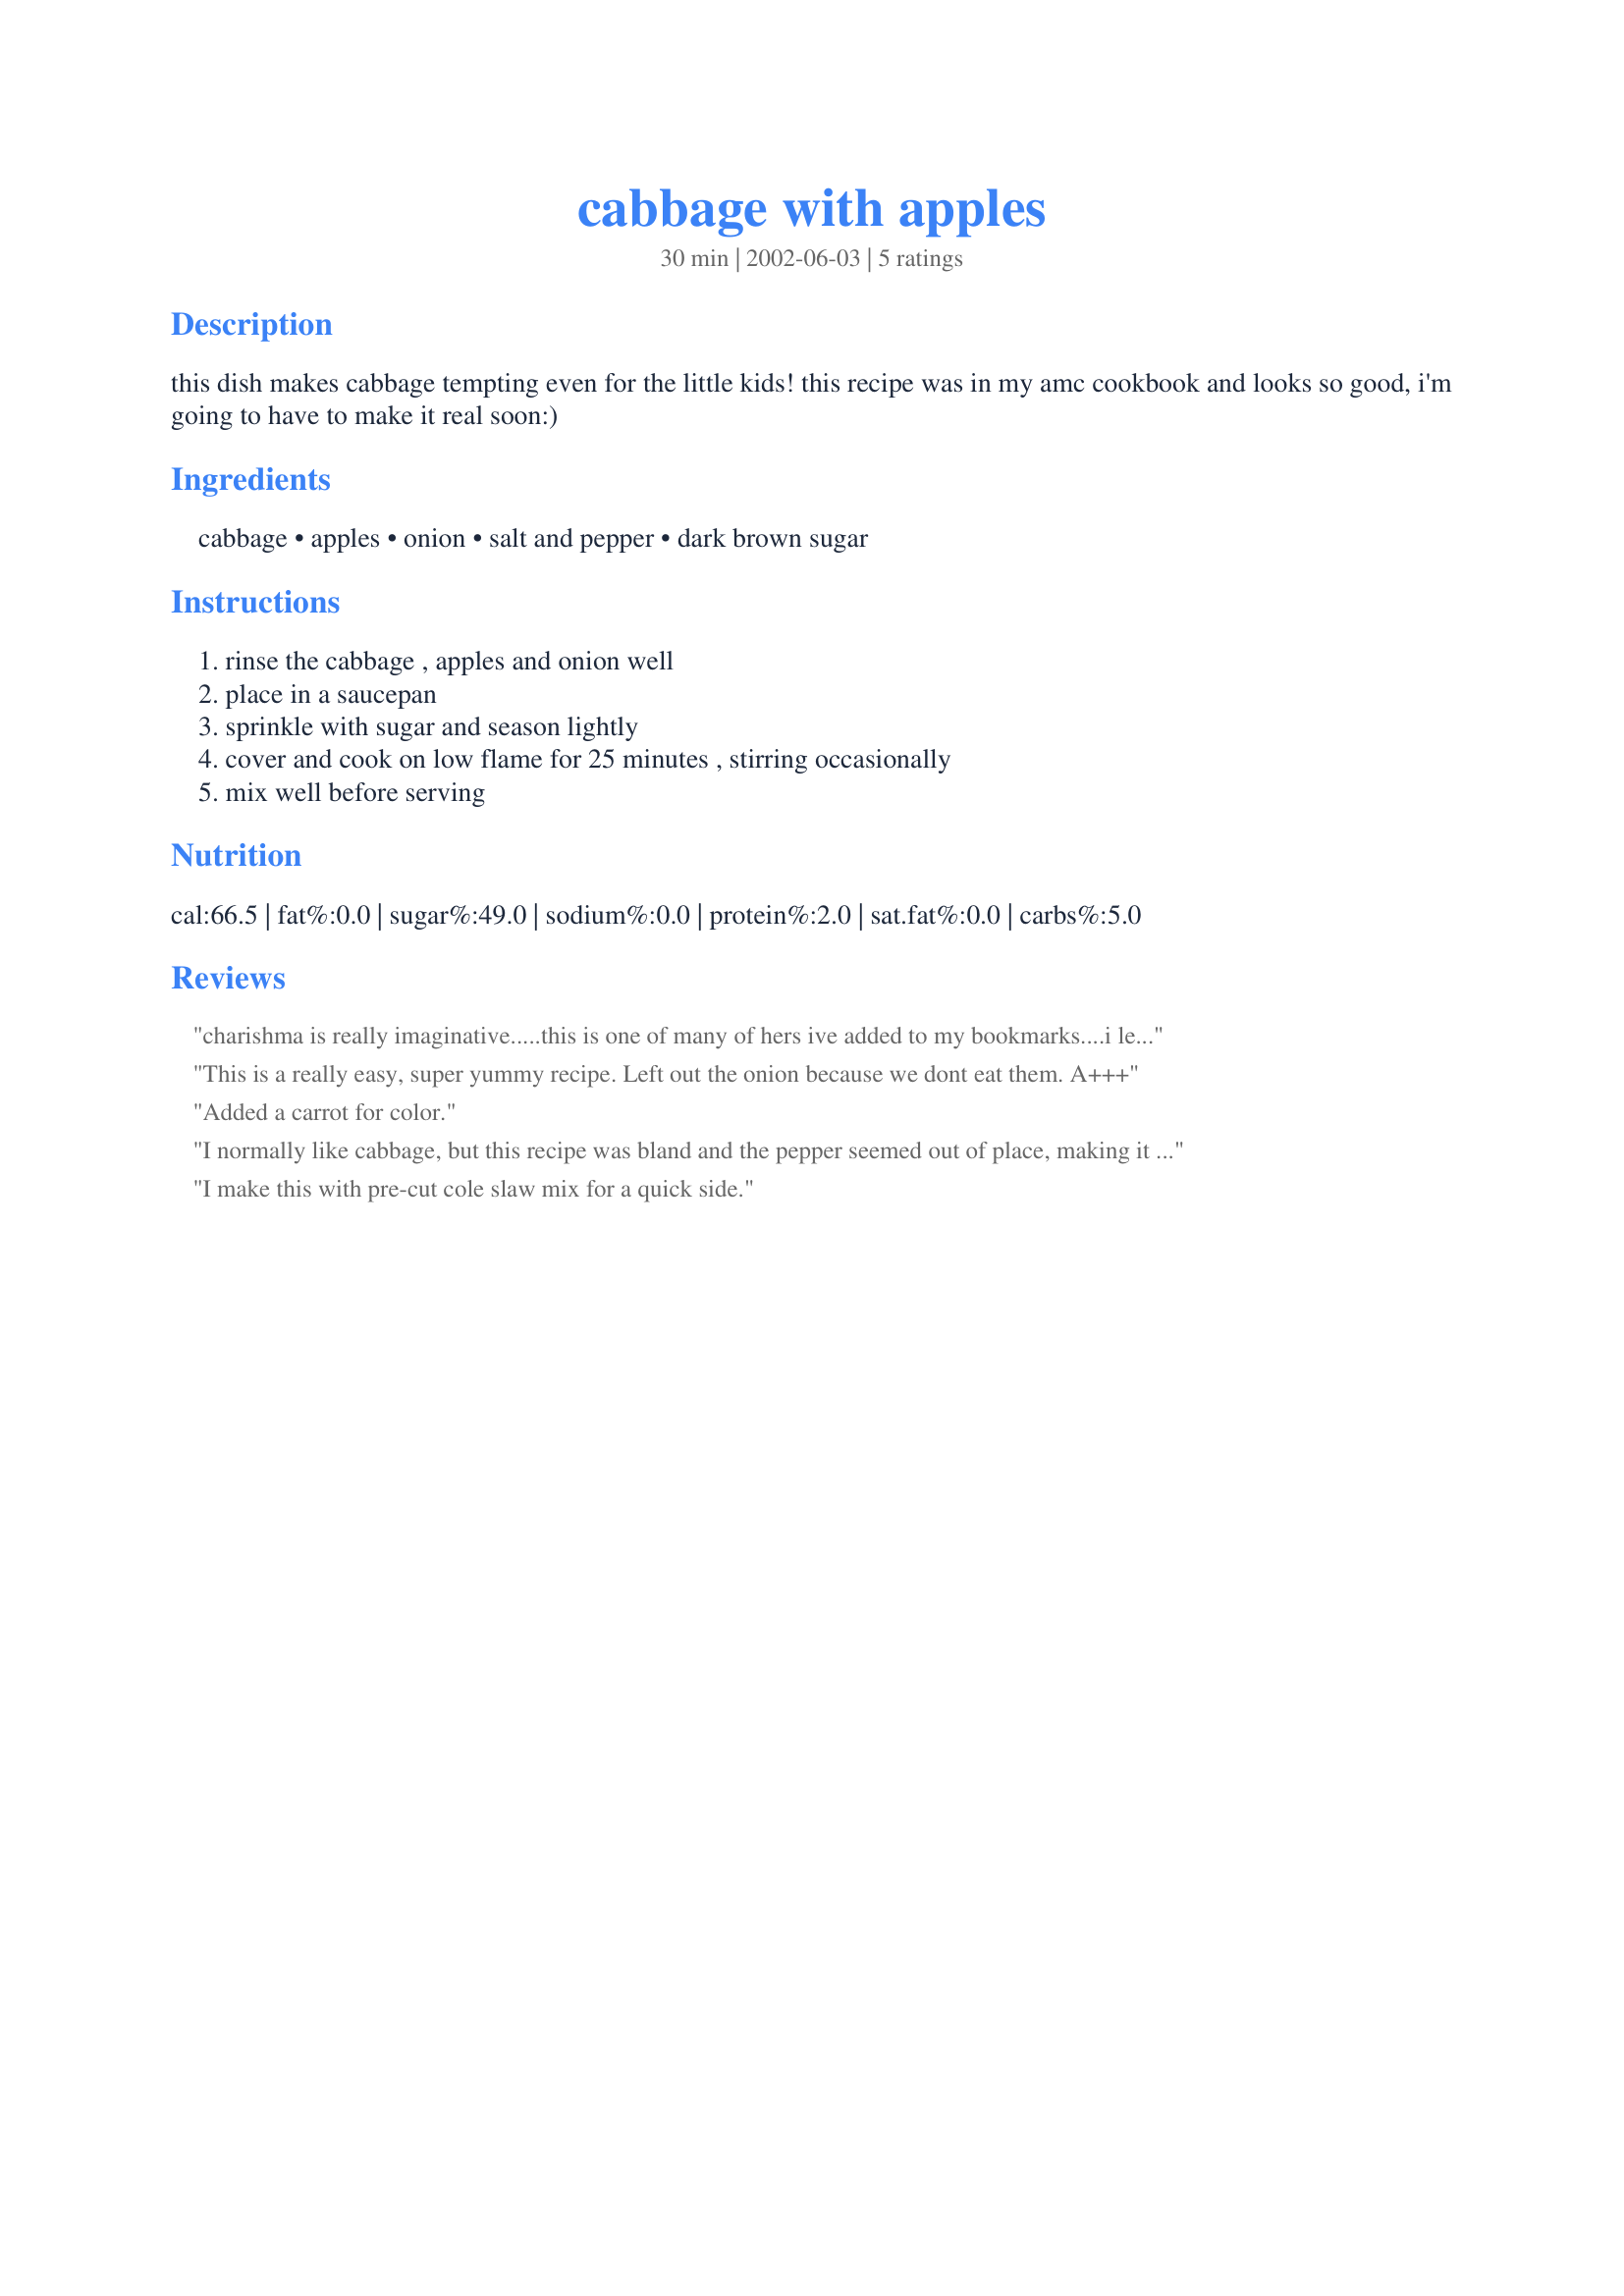
cabbage with apples
Preparation time: 30 minutes

this dish makes cabbage tempting even for the little kids! this recipe was in my amc cookbook and looks so good, i'm going to have to make it real soon:)

Ingredients:
cabbage, apples, onion, salt and pepper, dark brown sugar

Steps:
rinse the cabbage , apples and onion well, place in a saucepan, sprinkle with sugar and season lightly, cover and cook on low flame for 25 minutes , stirring occasionally, mix well before serving

Reviews:
charishma is really imaginative.....this is one of many of hers ive added to my bookmarks....i leave the sugar out though as im into lo cal
This is a really easy, super yummy recipe. Left out the onion because we dont eat them. A+++
Added a carrot for color.
I normally like cabbage, but this recipe was bland and the pepper seemed out of place, making it worse. Perhaps a sweeter spice like curry powder would be better. Won't be having this again.
I make this with pre-cut cole slaw mix for a quick side.
